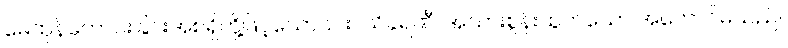
မေထုန်ကောင်းခြင်းအစရှိတို့ဖြင့်သော်၎င်း။ သိခရဏီ၊ အသားစွန်းထွက်သော အကောင်မသည်။